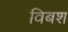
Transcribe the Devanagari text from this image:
विबश